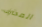
المحترف